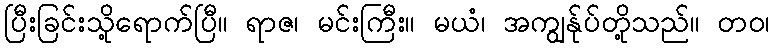
ပြီးခြင်းသို့ရောက်ပြီ။ ရာဇ၊ မင်းကြီး။ မယံ၊ အကျွန်ုပ်တို့သည်။ တဝ၊